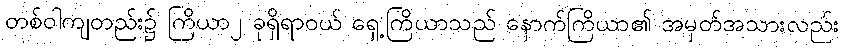
တစ်ဝါကျတည်း၌ ကြိယာ၂ ခုရှိရာဝယ် ရှေ့ကြိယာသည် နောက်ကြိယာ၏ အမှတ်အသားလည်း